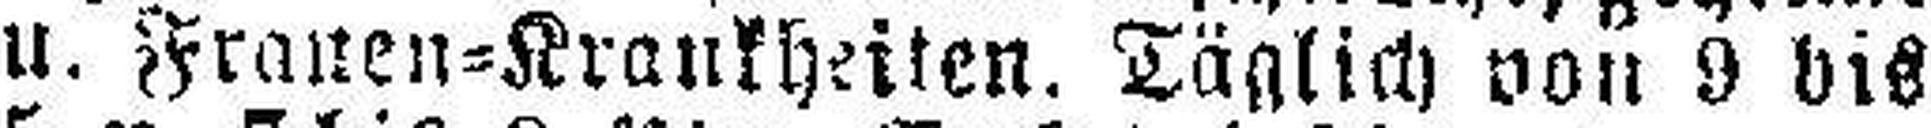
u. Frauen=Krankheiten. Täglich von 9 bis